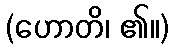
(ဟောတိ၊ ၏။)